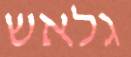
גלאש